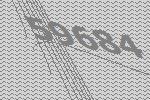
59684